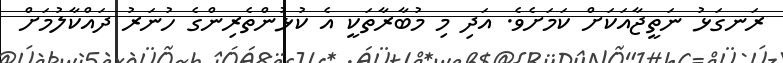
ރަނގަޅު ނަތީޖާއަކަށް ކަމަށެވެ. އަދި މި މުބާރާތަކީ އެ ކުޅުންތެރިންގެ ހުނަރު ދައްކާލުމަށް